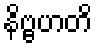
နိဗ္ဗဟတိ